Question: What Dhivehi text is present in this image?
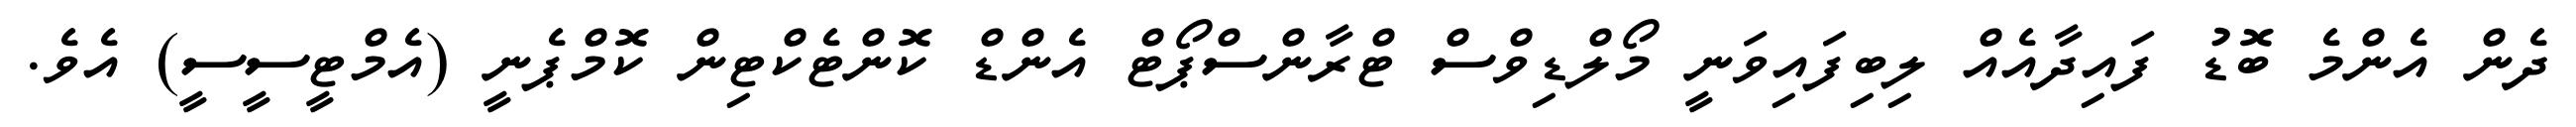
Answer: ދެން އެންމެ ބޮޑު ފައިދާއެއް ލިބިފައިވަނީ މޯލްޑިވްސް ޓްރާންސްޕޯޓް އެންޑް ކޮންޓެކްޓިން ކޮމްޕެނީ (އެމްޓީސީސީ) އެވެ.